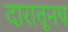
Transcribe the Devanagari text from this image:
दारातूनच